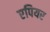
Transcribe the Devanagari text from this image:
एपियर